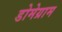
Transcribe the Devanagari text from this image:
डोमेग्राम